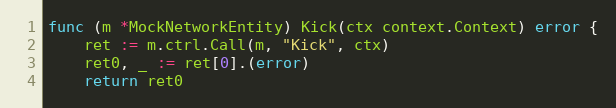
Language: Go
func (m *MockNetworkEntity) Kick(ctx context.Context) error {
	ret := m.ctrl.Call(m, "Kick", ctx)
	ret0, _ := ret[0].(error)
	return ret0